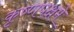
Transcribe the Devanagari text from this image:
कृष्णपक्षमे